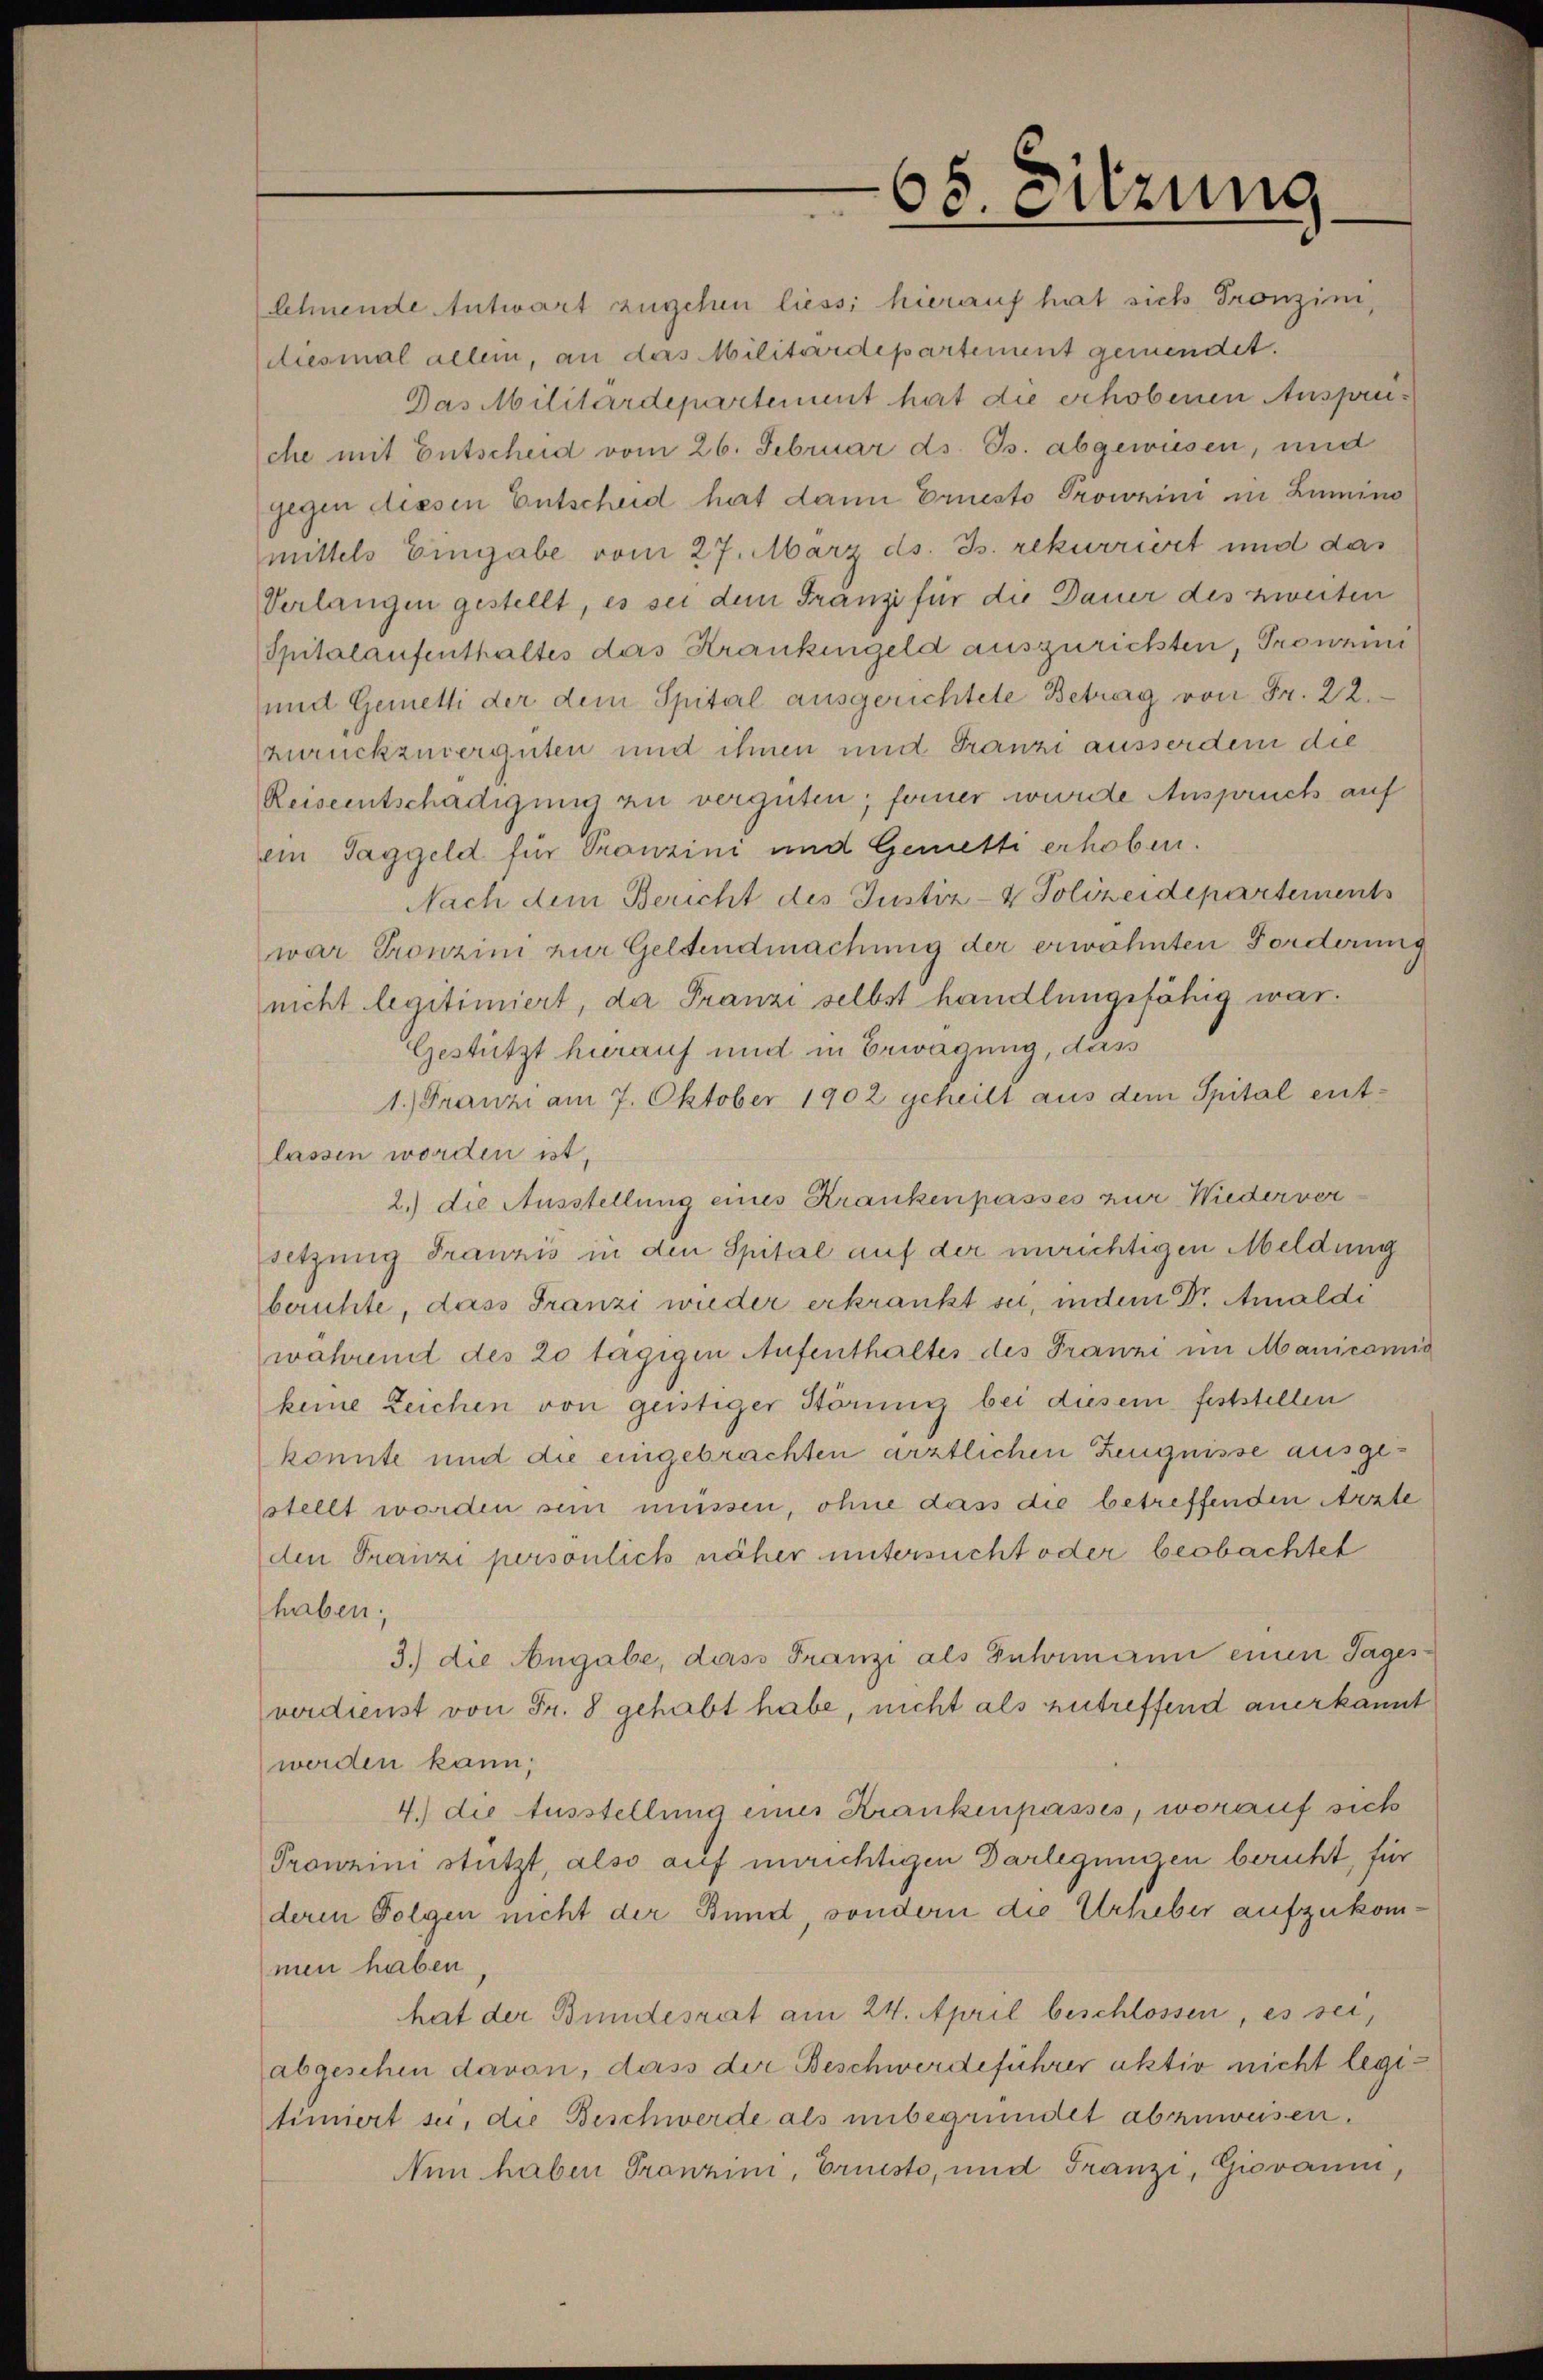
68. Sitzung

lehnende Antwort zugehen liess hierauf hat sich Fronzini,
diesmal allein, an das Militärdepartement gemendet.
Das Militärdepartement hat die erhobenen Anspruche mit Entscheid vom 26. Februar ds. Js. abgewiesen, und
gegen dessen Entscheid hat dann Ernesto Prownini in Lumino
mittels Eingabe vom 27. März ds. Js. rekurriert und das
Verlangen gestellt, es sei dem Franzi für die Dauer des zweiten
Spitalaufenthaltes das Krankingeld auszurichten, Prowin
und Gemetti der dem Spital ausgerichtete Betrag von Fr. 22.
zurückzuverguten und ihnen und Franzi ausserden die
Reiseentschädigung zu vergüten; ferner wurde Anspruch auf
ein Taggeld für Pronzini und Gemetti erhoben.
Nach dem Bericht des Justiz- & Polizeidepartements
war Tronzini zur Geltendmachung der erwöhnten Forderung
nicht legitimiert, der Franzi selbst handlungsfähig war.
Gestützt hierauf und in Erwägung, das
1.) Franzi am 7. Oktober 1902 geheilt aus dem Spital entlassen worden ist,
2.) die Ausstellung eines Krankenpasses zur Wiederver
setzung Franzis in den Spital auf der unrichtigen Meldung
beruhte, dass Franzi wieder erkrankt sei, indem Dr. Amaldi
wahrendt des 20 tägigen Aufenthaltes des Franzi im Manicomis
keine Zeichen von geistiger Störung bei diesem feststellen
konnte und die eingebrachten ärztlichen Zeugnisse ausgestellt worden sein müssen, ohne dass die betreffenden Arzte
den Franzi persönlich näher untersucht oder beobachtet
haben;
3.) die Angabe, dass Franzi als Fuhrmann einen Tagesverdienst von Fr. 8 gehabt habe, nicht als zutreffend anerkannt
werden kann;
4. die Ausstellung eines Krankenpasses, worauf sich
Prownini stützt, also auf unrichtigen Darlegungen beruht, für
deren Folgen nicht der Bund, sondern die Urheber aufzukommen haben
hat der Bundesrat am 24. April beschlossen, es sei,
abgeschen davon, dass der Beschwerdeführer aktiv nicht legitimiert sei, die Beschwerde als unbegründet abzuweisen.
Nun haben Tranzin, Brueste, und Franzi, Giovaum,